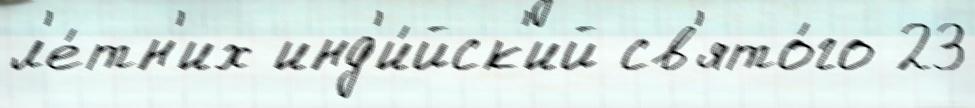
л'е́тн'их инд'и́йск'ий св'ято́го 23